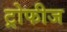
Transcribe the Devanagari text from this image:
ट्रोफीज